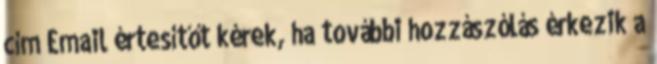
cím Email értesítőt kérek, ha további hozzászólás érkezik a